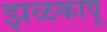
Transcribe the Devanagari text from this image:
झळकावू